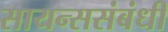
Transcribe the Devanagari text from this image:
सायन्ससंबंधी